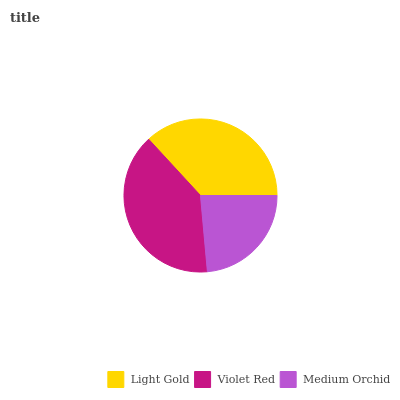
| Light Gold | Violet Red | Medium Orchid |
 | --- | --- | --- |
 | 36.9% | 39.6% | 23.5% |